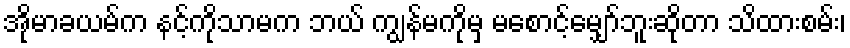
အိုမာခယမ်က နင့်ကိုသာမက ဘယ် ကျွန်မကိုမှ မစောင့်မျှော်ဘူးဆိုတာ သိထားစမ်း၊